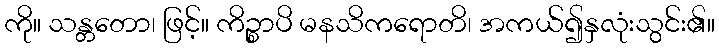
ကို။ သန္တတော၊ ဖြင့်။ ကိဉ္စာပိ မနသိကရောတိ၊ အကယ်၍နှလုံးသွင်း၏။